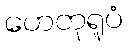
ဟေတုရူပံ